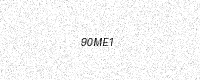
Text: 90ME1